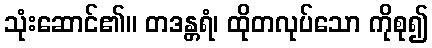
သုံးဆောင်၏။ တဒန္တရံ၊ ထိုတလုပ်သော ကိုစု၍